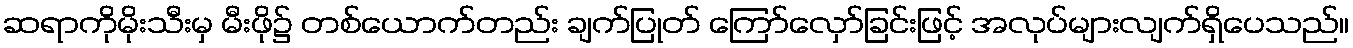
ဆရာကိုမိုးသီးမှ မီးဖို၌ တစ်ယောက်တည်း ချက်ပြုတ် ကြော်လှော်ခြင်းဖြင့် အလုပ်များလျက်ရှိပေသည်။